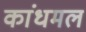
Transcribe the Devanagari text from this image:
कांधमल